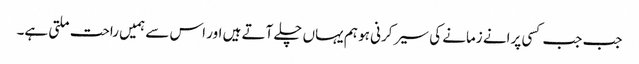
جب جب کسی پرانے زمانے کی سیر کرنی ہو ہم یہاں چلے آتے ہیں اور اس سے ہمیں راحت ملتی ہے۔